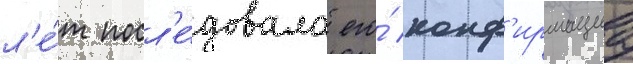
л'е́т посл'е́довала его́ конф'ирмациа